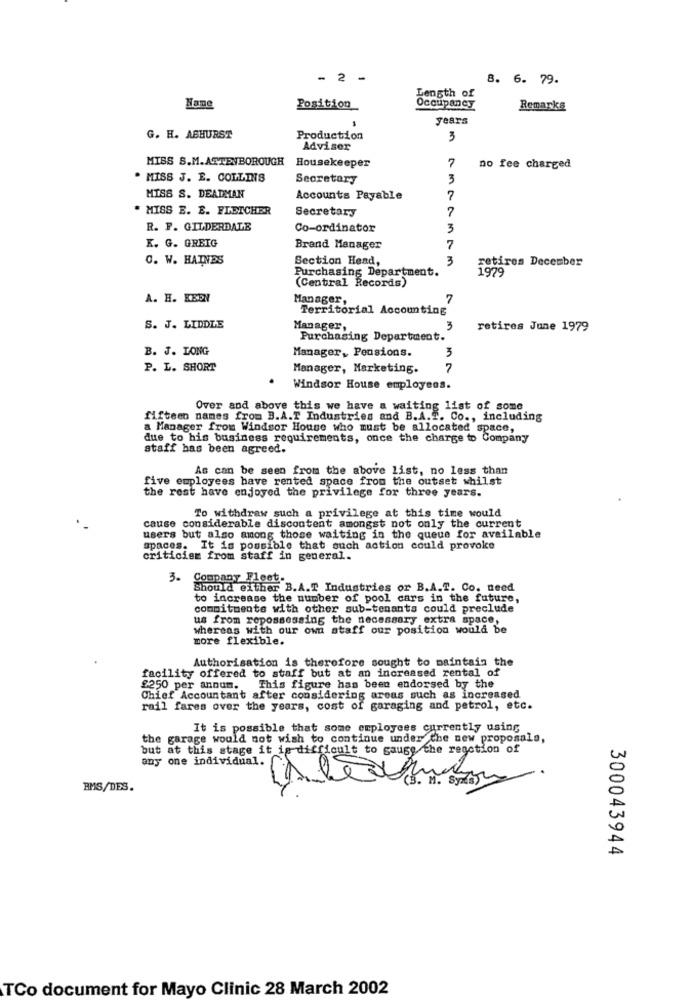
- 2 -
8. 6. 79.
Length of
Nane
Position
Occupancy
Remarks
years
G. H. ASHURST
Production
3
Adviser
MISS S.M. ATTENBOROUGH
Housekeeper
7
no fee charged
. MISS J. E. COLLINS
Secretary
3
MISS S. DEADMAN
Accounts Payable
7
. MISS E. E. FLETCHER
Secretary
R. F. GILDERDALE
Co-ordinator
3
K. G. GREIG
Brand Manager
7
0. W. HAINDS
Section Head,
3
retires December
Purchasing Department.
1979
(Central Records)
A. H. KEEN
Manager,
7
Territorial Accounting
S. J. LIDDLE
Manager,
3
retires June 1979
Purchasing Department.
B. J. LONG
Manager, Pensions.
3
P. L. SHORT
Manager, Marketing.
7
Windsor House employees.
Over and above this we have a waiting list of sonc
fifteen names from B.A.T Industries and B.A.T. Co ., including
a Manager from Windsor House who must be allocated space,
due to his business requirements, once the charge to Company
staff has been agreed.
As can be seen from the above list, no less than
five employees have rented space from the outset whilst
the rest have enjoyed the privilege for three years.
cause considerable discontent amongst not only the current
To withdraw such a privilege at this time would
users but also among those waiting in the queue for available
spaces. It is possible that such action could provoke
criticism from staff in general.
3. Company Fleet-
Should either B.A.T Industries or B.A.T. Co. need
to increase the number of pool cars in the future,
commitments with other sub-tenants could preclude
us from repossessing the necessary extra space,
whereas with our own staff our position would be
more flexible.
Authorisation is therefore sought to maintain the
facility offered to staff but at an increased rental of
£250 per annum. This figure has been endorsed by the
Chief Accountant after considering areas such as increased
rail fares over the years, cost of garaging and petrol, etc.
It is possible that some employees currently using
the garage would not wish to continue under the new proposals,
but at this stage it is difficult to gauge the reaction of
any one individual.
BMS/DES.
300043944
TCo document for Mayo Clinic 28 March 2002